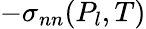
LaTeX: -\sigma_{nn}(P_{l},T)